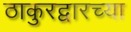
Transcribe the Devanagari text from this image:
ठाकुरद्वारच्या